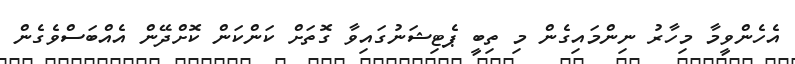
އެހެންވީމާ މިހާރު ނިންމައިގެން މި ތިބީ ޕެޓިޝަނުގައިވާ ގޮތަށް ކަންކަން ކޮށްދޭން އެއްބަސްވެގެން